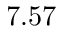
7 . 5 7